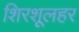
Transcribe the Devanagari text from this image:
शिरशूलहर